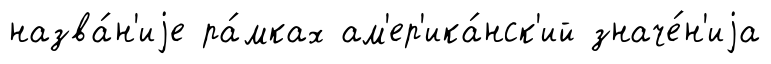
назва́н'иjе ра́мках ам'ер'ика́нск'ий значе́н'иjа